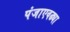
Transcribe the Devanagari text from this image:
पंजाएवढ्या